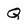
Character: Q